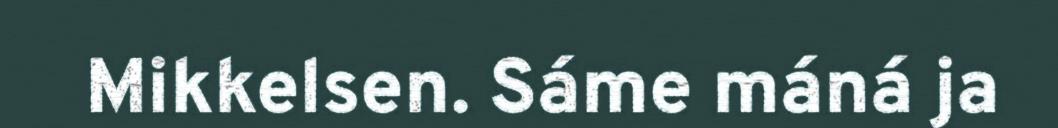
Mikkelsen. Sáme máná ja